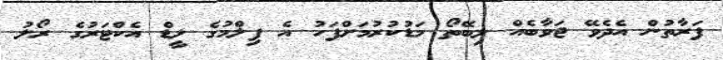
ފަރާތުން އެދެވޭ ޖަވާބެއް ލިބޭތޯ މަޑުކުރުމަށްފަހު އެ ފިލްމުގެ ލީޑް އެކްޓަރުގެ ރޯލު